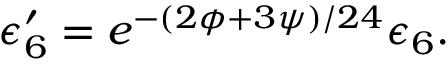
\epsilon _ { 6 } ^ { \prime } = e ^ { - ( 2 \phi + 3 \psi ) / 2 4 } \epsilon _ { 6 } .